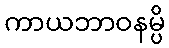
ကာယဘာဝနမ္ပိ